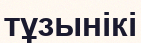
тұзынікі